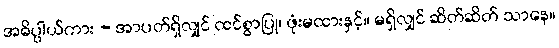
အဓိပ္ပါယ်ကား - အာပတ်ရှိလျှင် ထင်စွာပြု၊ ဖုံးမထားနှင့်။ မရှိလျှင် ဆိတ်ဆိတ် သာနေ။